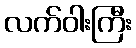
လက်ဝါးကြီး